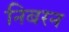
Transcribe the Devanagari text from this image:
निबरन